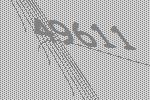
49611